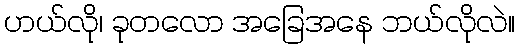
ဟယ်လို၊ ခုတလော အခြေအနေ ဘယ်လိုလဲ။